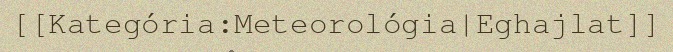
[[Kategória:Meteorológia|Eghajlat]]